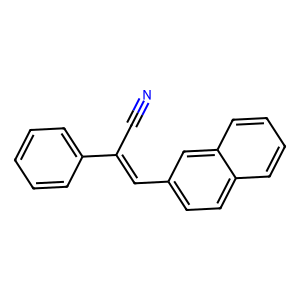
SMILES: N#CC(=Cc1ccc2ccccc2c1)c1ccccc1
Inhibits HIV replication: No